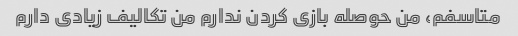
متاسفم، من حوصله بازی کردن ندارم من تکالیف زیادی دارم